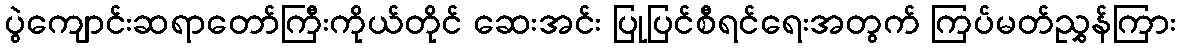
ပွဲကျောင်းဆရာတော်ကြီးကိုယ်တိုင် ဆေးအင်း ပြုပြင်စီရင်ရေးအတွက် ကြပ်မတ်ညွှန်ကြား